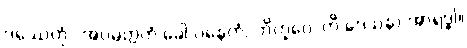
ဒဿေတုံ “အပ္ပမတ္တကံ ခေါ ပနေတံ, ဘိက္ခဝေ”တိ ဒေသနာ အာရဒ္ဓါ။